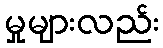
မှုများလည်း